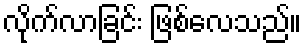
လိုက်လာခြင်း ဖြစ်လေသည်။